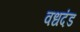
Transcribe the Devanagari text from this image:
वधदंड